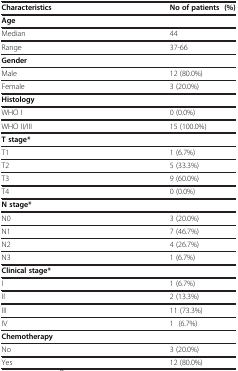
| Characteristics | No of patients (%) |
 | --- | --- |
 | Age |  |
 | Median | 44 |
 | Range | 37-66 |
 | Gender |  |
 | Male | 12 (80.0%) |
 | Female | 3 (20.0%) |
 | Histology |  |
 | WHO I | 0 (0.0%) |
 | WHO II/III | 15 (100.0%) |
 | T stage* |  |
 | T1 | 1 (6.7%) |
 | T2 | 5 (33.3%) |
 | T3 | 9 (60.0%) |
 | T4 | 0 (0.0%) |
 | N stage* |  |
 | N0 | 3 (20.0%) |
 | N1 | 7 (46.7%) |
 | N2 | 4 (26.7%) |
 | N3 | 1 (6.7%) |
 | Clinical stage* |  |
 | I | 1 (6.7%) |
 | II | 2 (13.3%) |
 | III | 11 (73.3%) |
 | IV | 1 (6.7%) |
 | Chemotherapy |  |
 | No | 3 (20.0%) |
 | Yes | 12 (80.0%) |